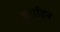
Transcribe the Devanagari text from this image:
बुर्गाइन